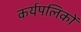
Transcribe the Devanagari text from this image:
कर्यपलिकों